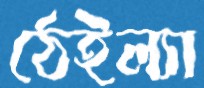
ঠেইল্যা